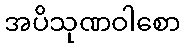
အပိသုဏဝါစော